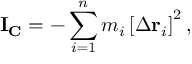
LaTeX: \mathbf { I } _ { \mathbf { C } } = - \sum _ { i = 1 } ^ { n } m _ { i } \left[ \Delta \mathbf { r } _ { i } \right] ^ { 2 } ,